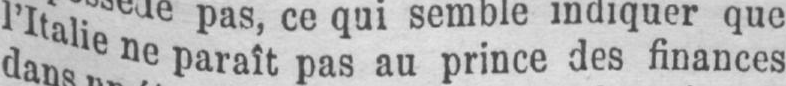
l’Italie ne paraît pas au prince des finances